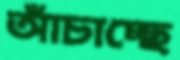
আঁচাচ্ছে